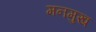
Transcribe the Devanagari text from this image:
मनमुख